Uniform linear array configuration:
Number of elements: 12
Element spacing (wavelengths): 1
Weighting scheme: cosine
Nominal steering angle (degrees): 60
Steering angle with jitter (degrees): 58.294
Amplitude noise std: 0.05
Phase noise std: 0.05

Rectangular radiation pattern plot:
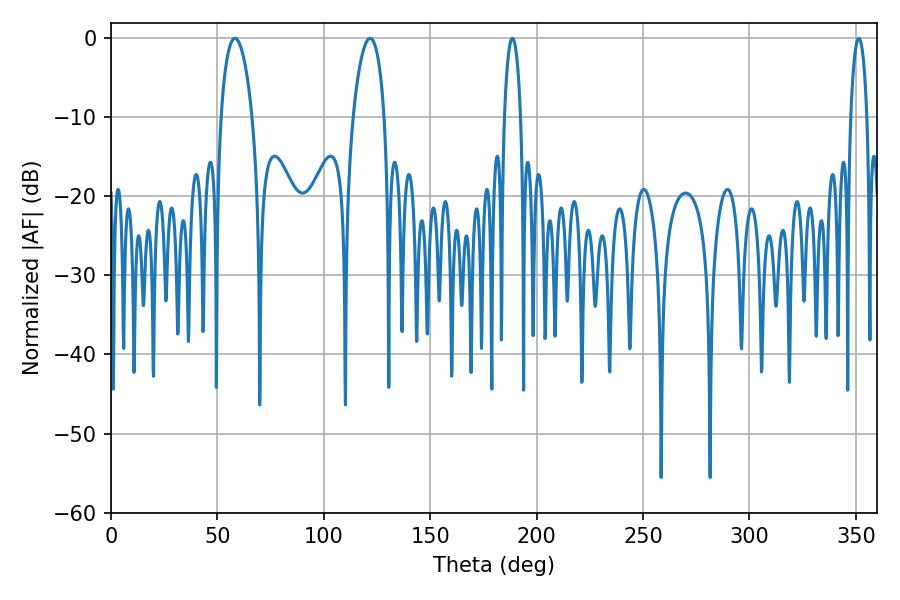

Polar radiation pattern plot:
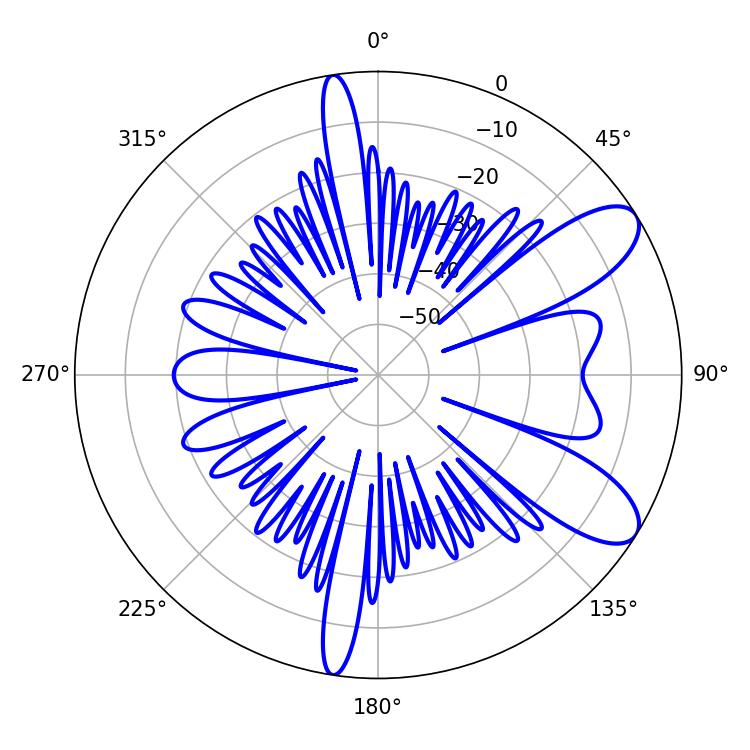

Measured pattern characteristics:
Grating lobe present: TRUE
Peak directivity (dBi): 9.116
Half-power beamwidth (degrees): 4.32
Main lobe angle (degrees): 188.64